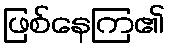
ဖြစ်နေကြ၏